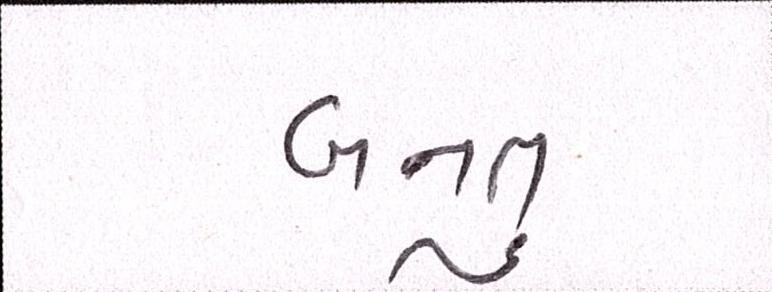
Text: બનતુ